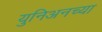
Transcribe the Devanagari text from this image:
युनिअनच्या